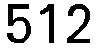
512